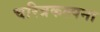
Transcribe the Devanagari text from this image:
चरित्रकल्पना